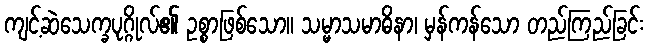
ကျင့်ဆဲသေက္ခပုဂ္ဂိုလ်၏ ဥစ္စာဖြစ်သော။ သမ္မာသမာဓိနာ၊ မှန်ကန်သော တည်ကြည်ခြင်း